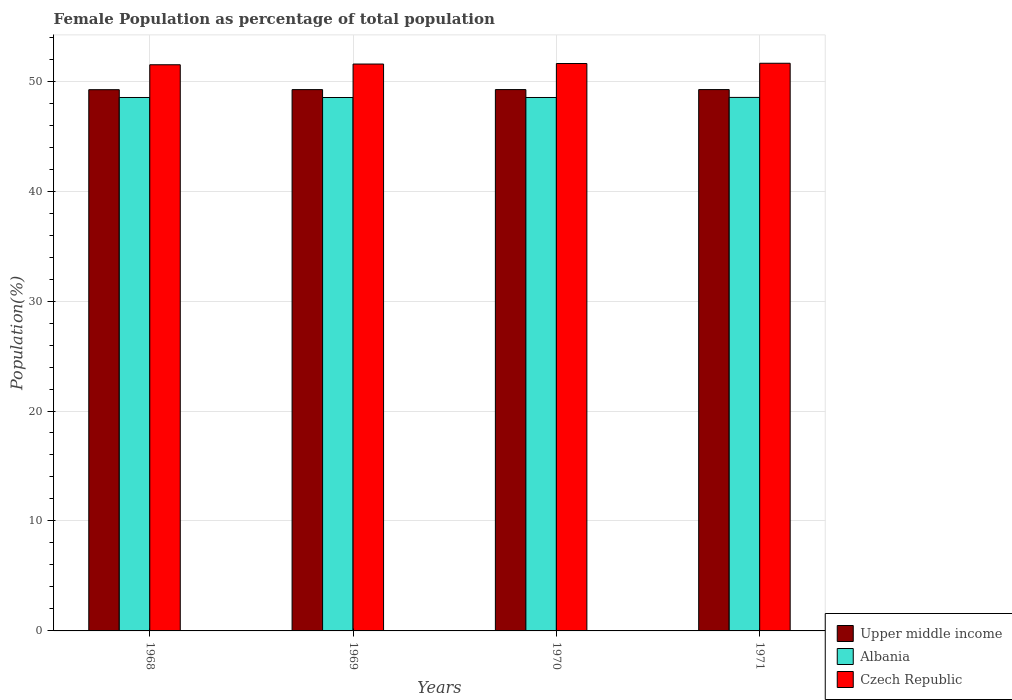
| Years | Upper middle income | Albania | Czech Republic |
 | --- | --- | --- | --- |
 | 1968 | 49.2 | 48.5 | 51.5 |
 | 1969 | 49.2 | 48.5 | 51.6 |
 | 1970 | 49.2 | 48.5 | 51.6 |
 | 1971 | 49.2 | 48.5 | 51.6 |